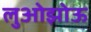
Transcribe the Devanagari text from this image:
लुओझोऊ